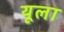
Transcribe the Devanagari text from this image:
यूला